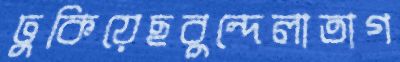
ঢুকিয়েছবুন্দেলাতাগ